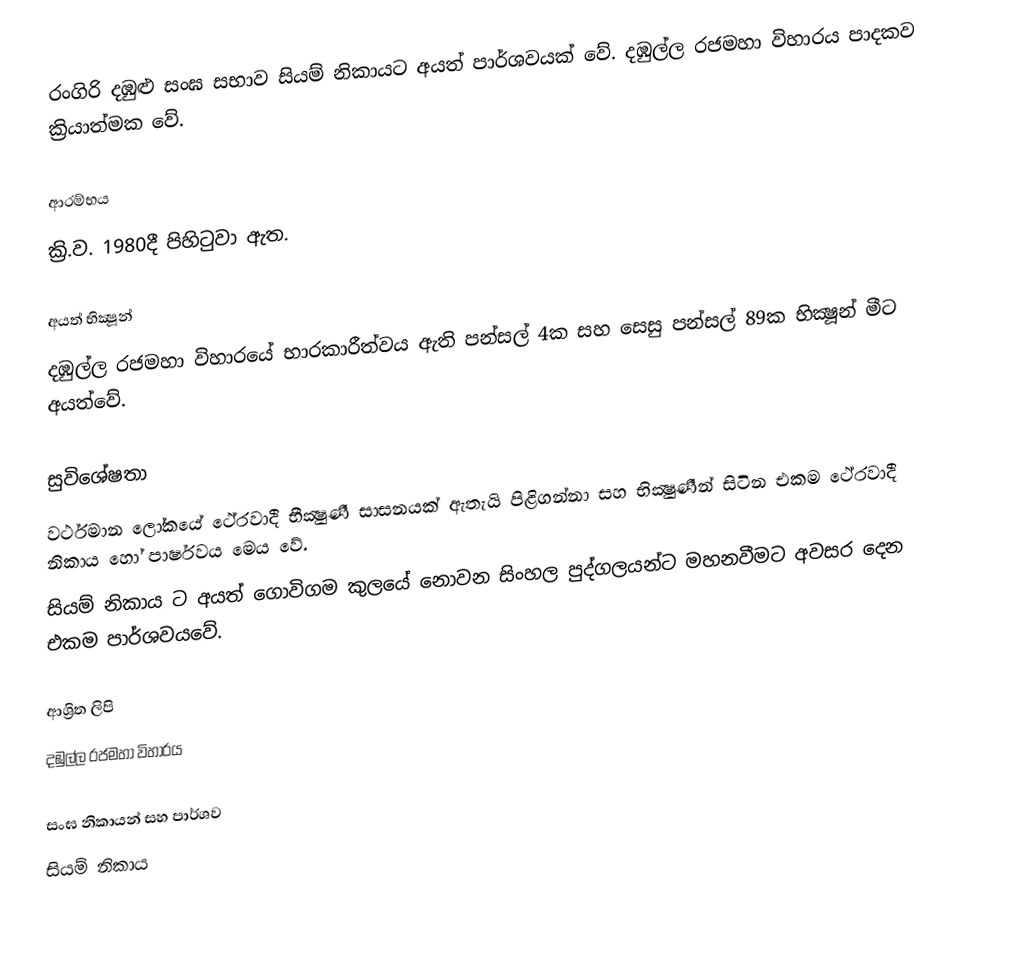
රංගිරි දඹුළු සංඝ සභ‍ාව සියම් නිකායට අයත් පාර්ශවයක් වේ. දඹුල්ල රජමහා විහාරය පාදකව ක්‍රියාත්මක වේ.

ආරම්භය
ක්‍රි.ව. 1980දී පිහිටුවා ඇත.

අයත් භික්‍ෂූන්
දඹුල්ල රජමහා විහාරයේ භාරකාරීත්වය ඇති පන්සල් 4ක සහ සෙසු පන්සල් 89ක භික්‍ෂූන් මීට අයත්වේ.

සුවිශේෂතා
 වර්ථමාන ලෝකයේ ථේරවාදී භීක්‍ෂුණී සාසනයක් ඇතැයි පිළිගන්නා සහ භික්‍ෂුණීන් සිටින එකම ථේරවාදී නිකාය හෝ පාර්ෂවය මෙය වේ.
 සියම් නිකාය ට අයත් ගොවිගම කුලයේ නොවන සිංහල පුද්ගලයන්ට මහනවීමට අවසර දෙන එකම පාර්ශවයවේ.

ආශ්‍රිත ලිපි
 දඹුල්ල රජමහා විහාරය

සංඝ නිකායන් සහ පාර්ශව
සියම් නිකාය